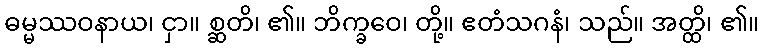
ဓမ္မဿဝနာယ၊ ငှာ။ စ္ဆတိ၊ ၏။ ဘိက္ခဝေ၊ တို့။ ဧတံသဂနံ၊ သည်။ အတ္ထိ၊ ၏။